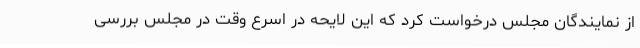
از نمایندگان مجلس درخواست کرد که این لایحه در اسرع وقت در مجلس بررسی